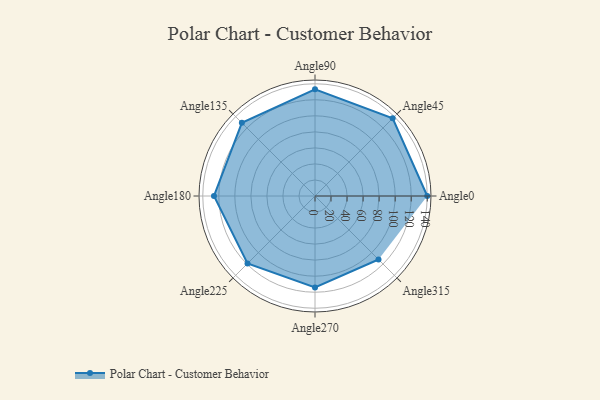
{"axis": {"x": "Angle", "y": "Radius"}, "legend": [""], "data": [{"x": "Angle0", "y": 140.0, "type": ""}, {"x": "Angle45", "y": 137.0, "type": ""}, {"x": "Angle90", "y": 133.0, "type": ""}, {"x": "Angle135", "y": 129.0, "type": ""}, {"x": "Angle180", "y": 126.0, "type": ""}, {"x": "Angle225", "y": 119.0, "type": ""}, {"x": "Angle270", "y": 114.0, "type": ""}, {"x": "Angle315", "y": 112.0, "type": ""}]}